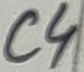
Text: C4